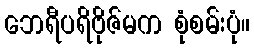
ဘေရီပရိဗိုဇ်မက စုံစမ်းပုံ။